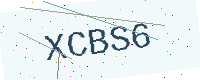
Text: XCBS6